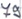
Text: 79